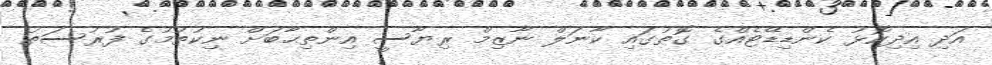
އަދި އިދިކޮޅު ކެންޑިޑޭޓެއްގެ ގޮތުގައި ކާނަލް ނާޒިމް ރިޔާސީ އިންތިޙާބަށް ނިކުތުމުގެ ފުރުސަތު